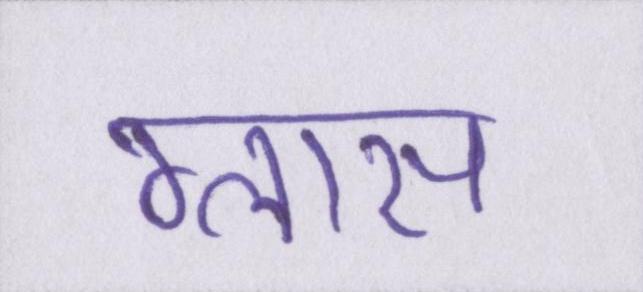
ग्लास